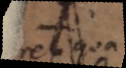
reliqua